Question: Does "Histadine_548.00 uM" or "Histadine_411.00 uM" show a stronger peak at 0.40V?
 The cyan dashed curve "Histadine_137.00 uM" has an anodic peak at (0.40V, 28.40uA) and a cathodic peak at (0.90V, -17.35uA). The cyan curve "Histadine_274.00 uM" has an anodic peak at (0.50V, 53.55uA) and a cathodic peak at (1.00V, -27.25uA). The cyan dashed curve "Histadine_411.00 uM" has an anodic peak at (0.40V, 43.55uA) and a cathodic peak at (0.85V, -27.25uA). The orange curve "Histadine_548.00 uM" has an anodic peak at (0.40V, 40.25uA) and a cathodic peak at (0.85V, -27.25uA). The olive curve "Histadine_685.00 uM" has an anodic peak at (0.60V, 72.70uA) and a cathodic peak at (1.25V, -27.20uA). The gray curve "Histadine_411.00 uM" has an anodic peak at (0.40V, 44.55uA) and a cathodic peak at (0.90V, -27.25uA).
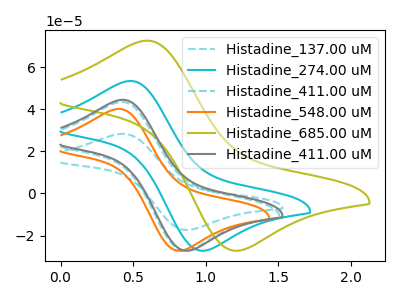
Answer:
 <answer>The peak at 0.40V is lower in "Histadine_548.00 uM" than in "Histadine_411.00 uM".</answer>
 <eval>lower</eval>